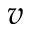
v